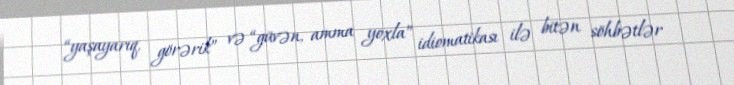
“yaşayarıq, görərik” və “güvən, amma yoxla” idiomatikası ilə bitən söhbətlər